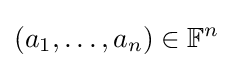
(a_{1},\dots ,a_{n})\in \mathbb {F} ^{n}